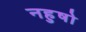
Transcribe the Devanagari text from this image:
नहुषो